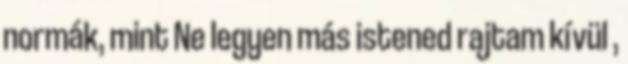
normák, mint Ne legyen más istened rajtam kívül ,